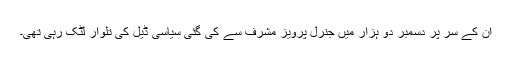
ان کے سر پر دسمبر دو ہزار میں جنرل پرویز مشرف سے کی گئی سیاسی ڈیل کی تلوار لٹک رہی تھی۔